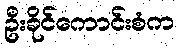
ဦးခိုင်ကောင်းစံက